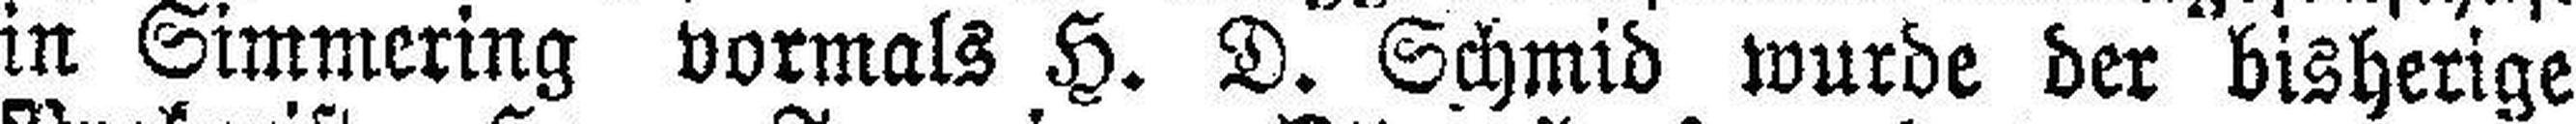
in Simmering vormals H. D. Schmid wurde der bisherige